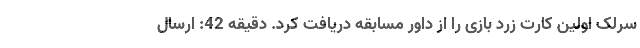
سرلک اولین کارت زرد بازی را از داور مسابقه دریافت کرد. دقیقه 42: ارسال